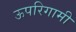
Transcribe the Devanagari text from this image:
ऊपरिगामी